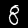
Digit: 8